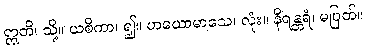
ဣတိ၊ သို့။ ယစိကာ၊ ၍။ ဟယောမာသေ၊ လုံး။ နိရန္တရံ၊ မပြတ်။